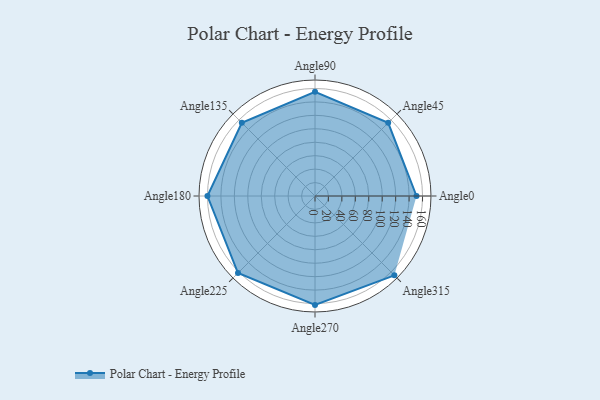
{"axis": {"x": "Angle", "y": "Radius"}, "legend": [""], "data": [{"x": "Angle0", "y": 151.0, "type": ""}, {"x": "Angle45", "y": 154.0, "type": ""}, {"x": "Angle90", "y": 155.0, "type": ""}, {"x": "Angle135", "y": 154.0, "type": ""}, {"x": "Angle180", "y": 160.0, "type": ""}, {"x": "Angle225", "y": 162.0, "type": ""}, {"x": "Angle270", "y": 162.0, "type": ""}, {"x": "Angle315", "y": 167.0, "type": ""}]}